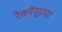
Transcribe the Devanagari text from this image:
रेकॉर्डचा